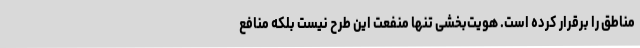
مناطق را برقرار کرده است. هویت‌بخشی تنها منفعت این طرح نیست بلکه منافع